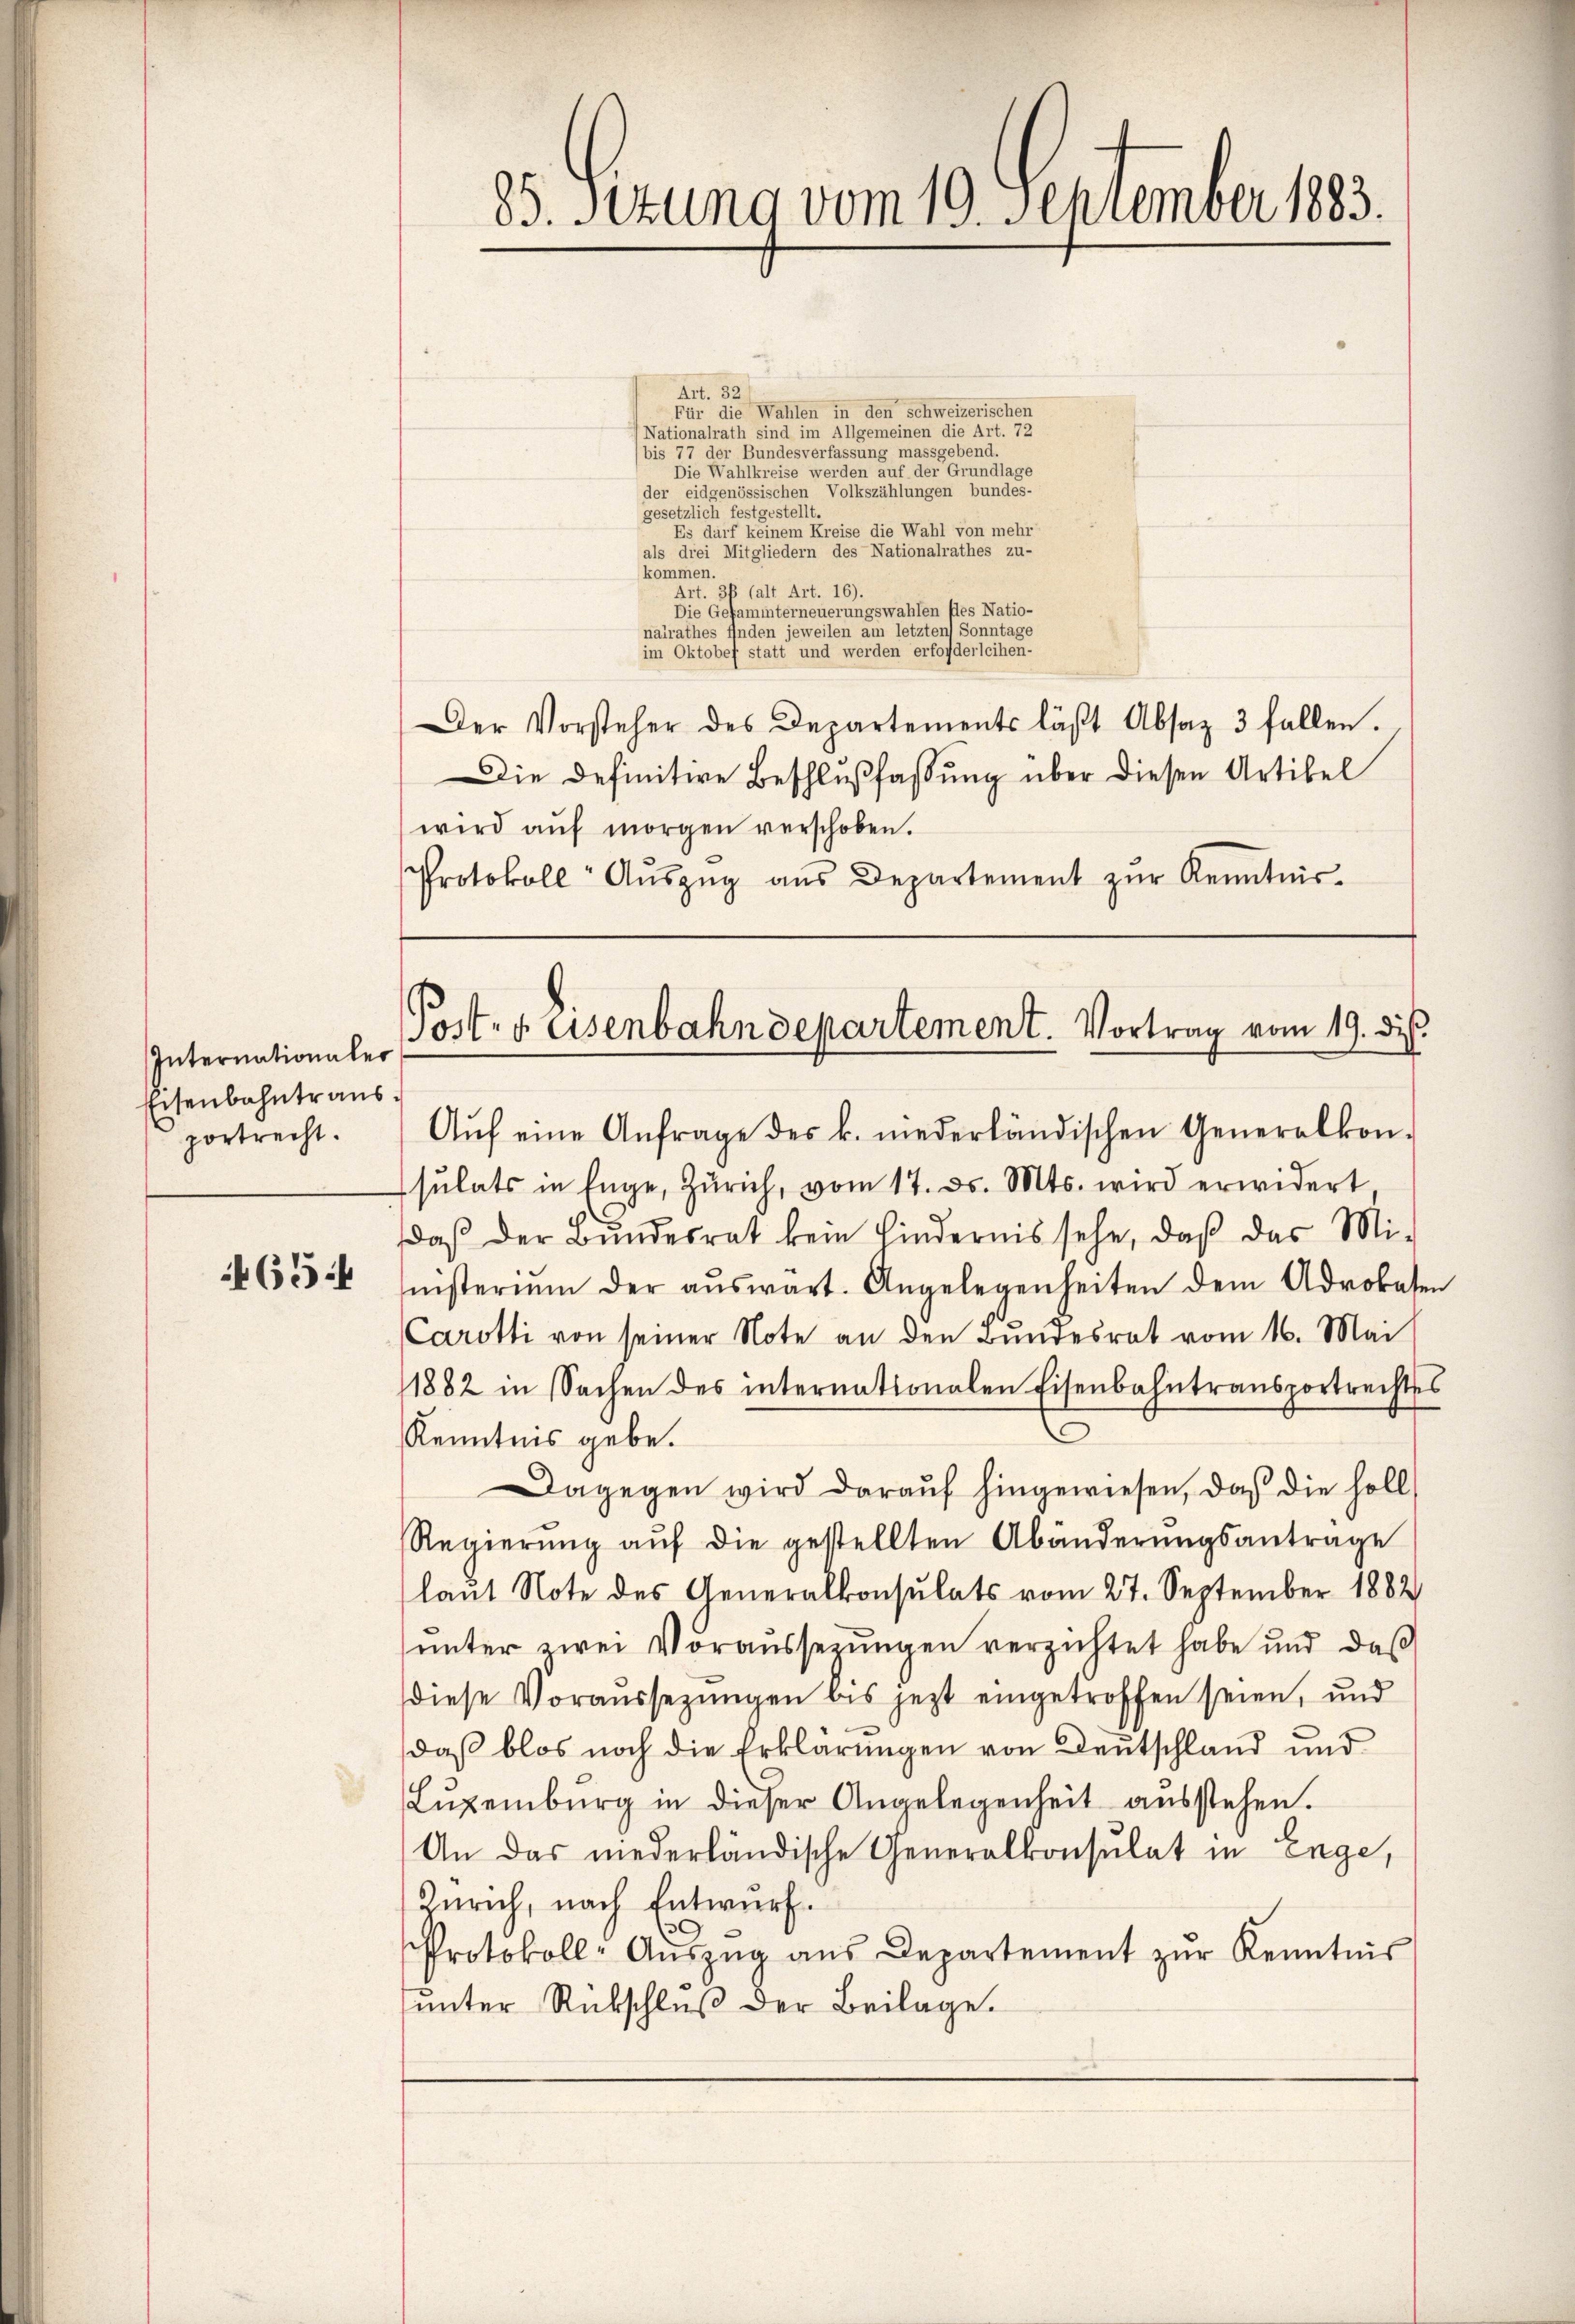
654

Internationaler
Eisenbahntraus
portrecht.

Art. 32
gesetzlich festgestellt.
kommen.
Art. 36 (alt Art. 16).
Die Gesammterneuerungswahlen fles Natio-
nalrathes finden jeweilen am letzten Sonntage
im Oktobef statt und werden erforderleihen-
Der Vorsteher des Departements läβt Absaz 3 fallen.
Die Definitive Beschlußfaßung über diesen Artikel
wird aŭf morgen verschoben.
Protokoll Aŭszŭg aŭs Departement zŭr Kenntnis.

8. Sizung vom 19. September 183.

Für die Wahlen in den schweizerischen
(Nationalrath sind im Allgemeinen die Art. 72
bis 77 der Bundesverfassung massgebend.
Die Wahlkreise werden auf der Grundlage
der eidgenössischen Volkszählungen bundes-
Es darf keinem Kreise die Wahl von mehr
als drei Mitgliedern des Nationalrathes zu-

Post. Reisenbahndepartement. Vortrag vom 19. dis

Aŭf eine Anfrage des k. niederländischen Generalkon-
sŭlats in Enge, Zürich, vom 17. d. Mts. wird erwidert
daß der Bundesrat kein hindernis sehe, daß das Mi-
inisterium der aŭswart. Angelegenheiten dem Advokaten
Carotti von seiner Note an den Bundesrat vom 16. Mai
1882 in Sachen des internationalen Eisenbahntransportrechtss
Kenntnis gebe.
Dagegen wird daraŭf hingewiesen, daß die soll
Regierŭng aŭf die gestellten Abänderŭngsantrage
laut Note des Generalkonsulats vom 27. September 1882
ŭnter zwei Voraussetzungen verzichtet habe und daß
diese Voraussezungen bis jezt eingetroffen seien, und
daß blos noch die Erklärungen von Deutschland und
Lŭzeiburg in dieser Angelegenheit aŭsstehen.
An das niederländische Generalkonsulat in Enge,
Zürich, nach Entwurf.
Protokoll- Aŭszŭg aŭs Departement zŭr Kenntnis
unter Rückschluß der Beilage.